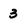
Character: 3